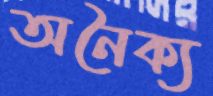
অনৈক্য